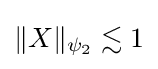
\|X\|_{\psi _{2}}\lesssim {}1